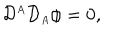
{ \cal D } ^ { \scriptscriptstyle A } { \cal D } _ { \scriptscriptstyle A } \phi = 0 ,